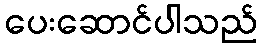
ပေးဆောင်ပါသည်